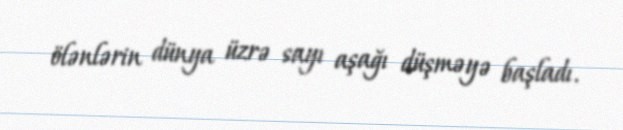
ölənlərin dünya üzrə sayı aşağı düşməyə başladı.